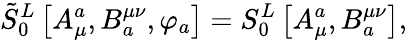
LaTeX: \tilde{S}_{0}^{L}\left[A_{\mu}^{a},B_{a}^{\mu\nu},\varphi_{a}\right]=S_{0}^{L}\left[A_{\mu}^{a},B_{a}^{\mu\nu}\right],